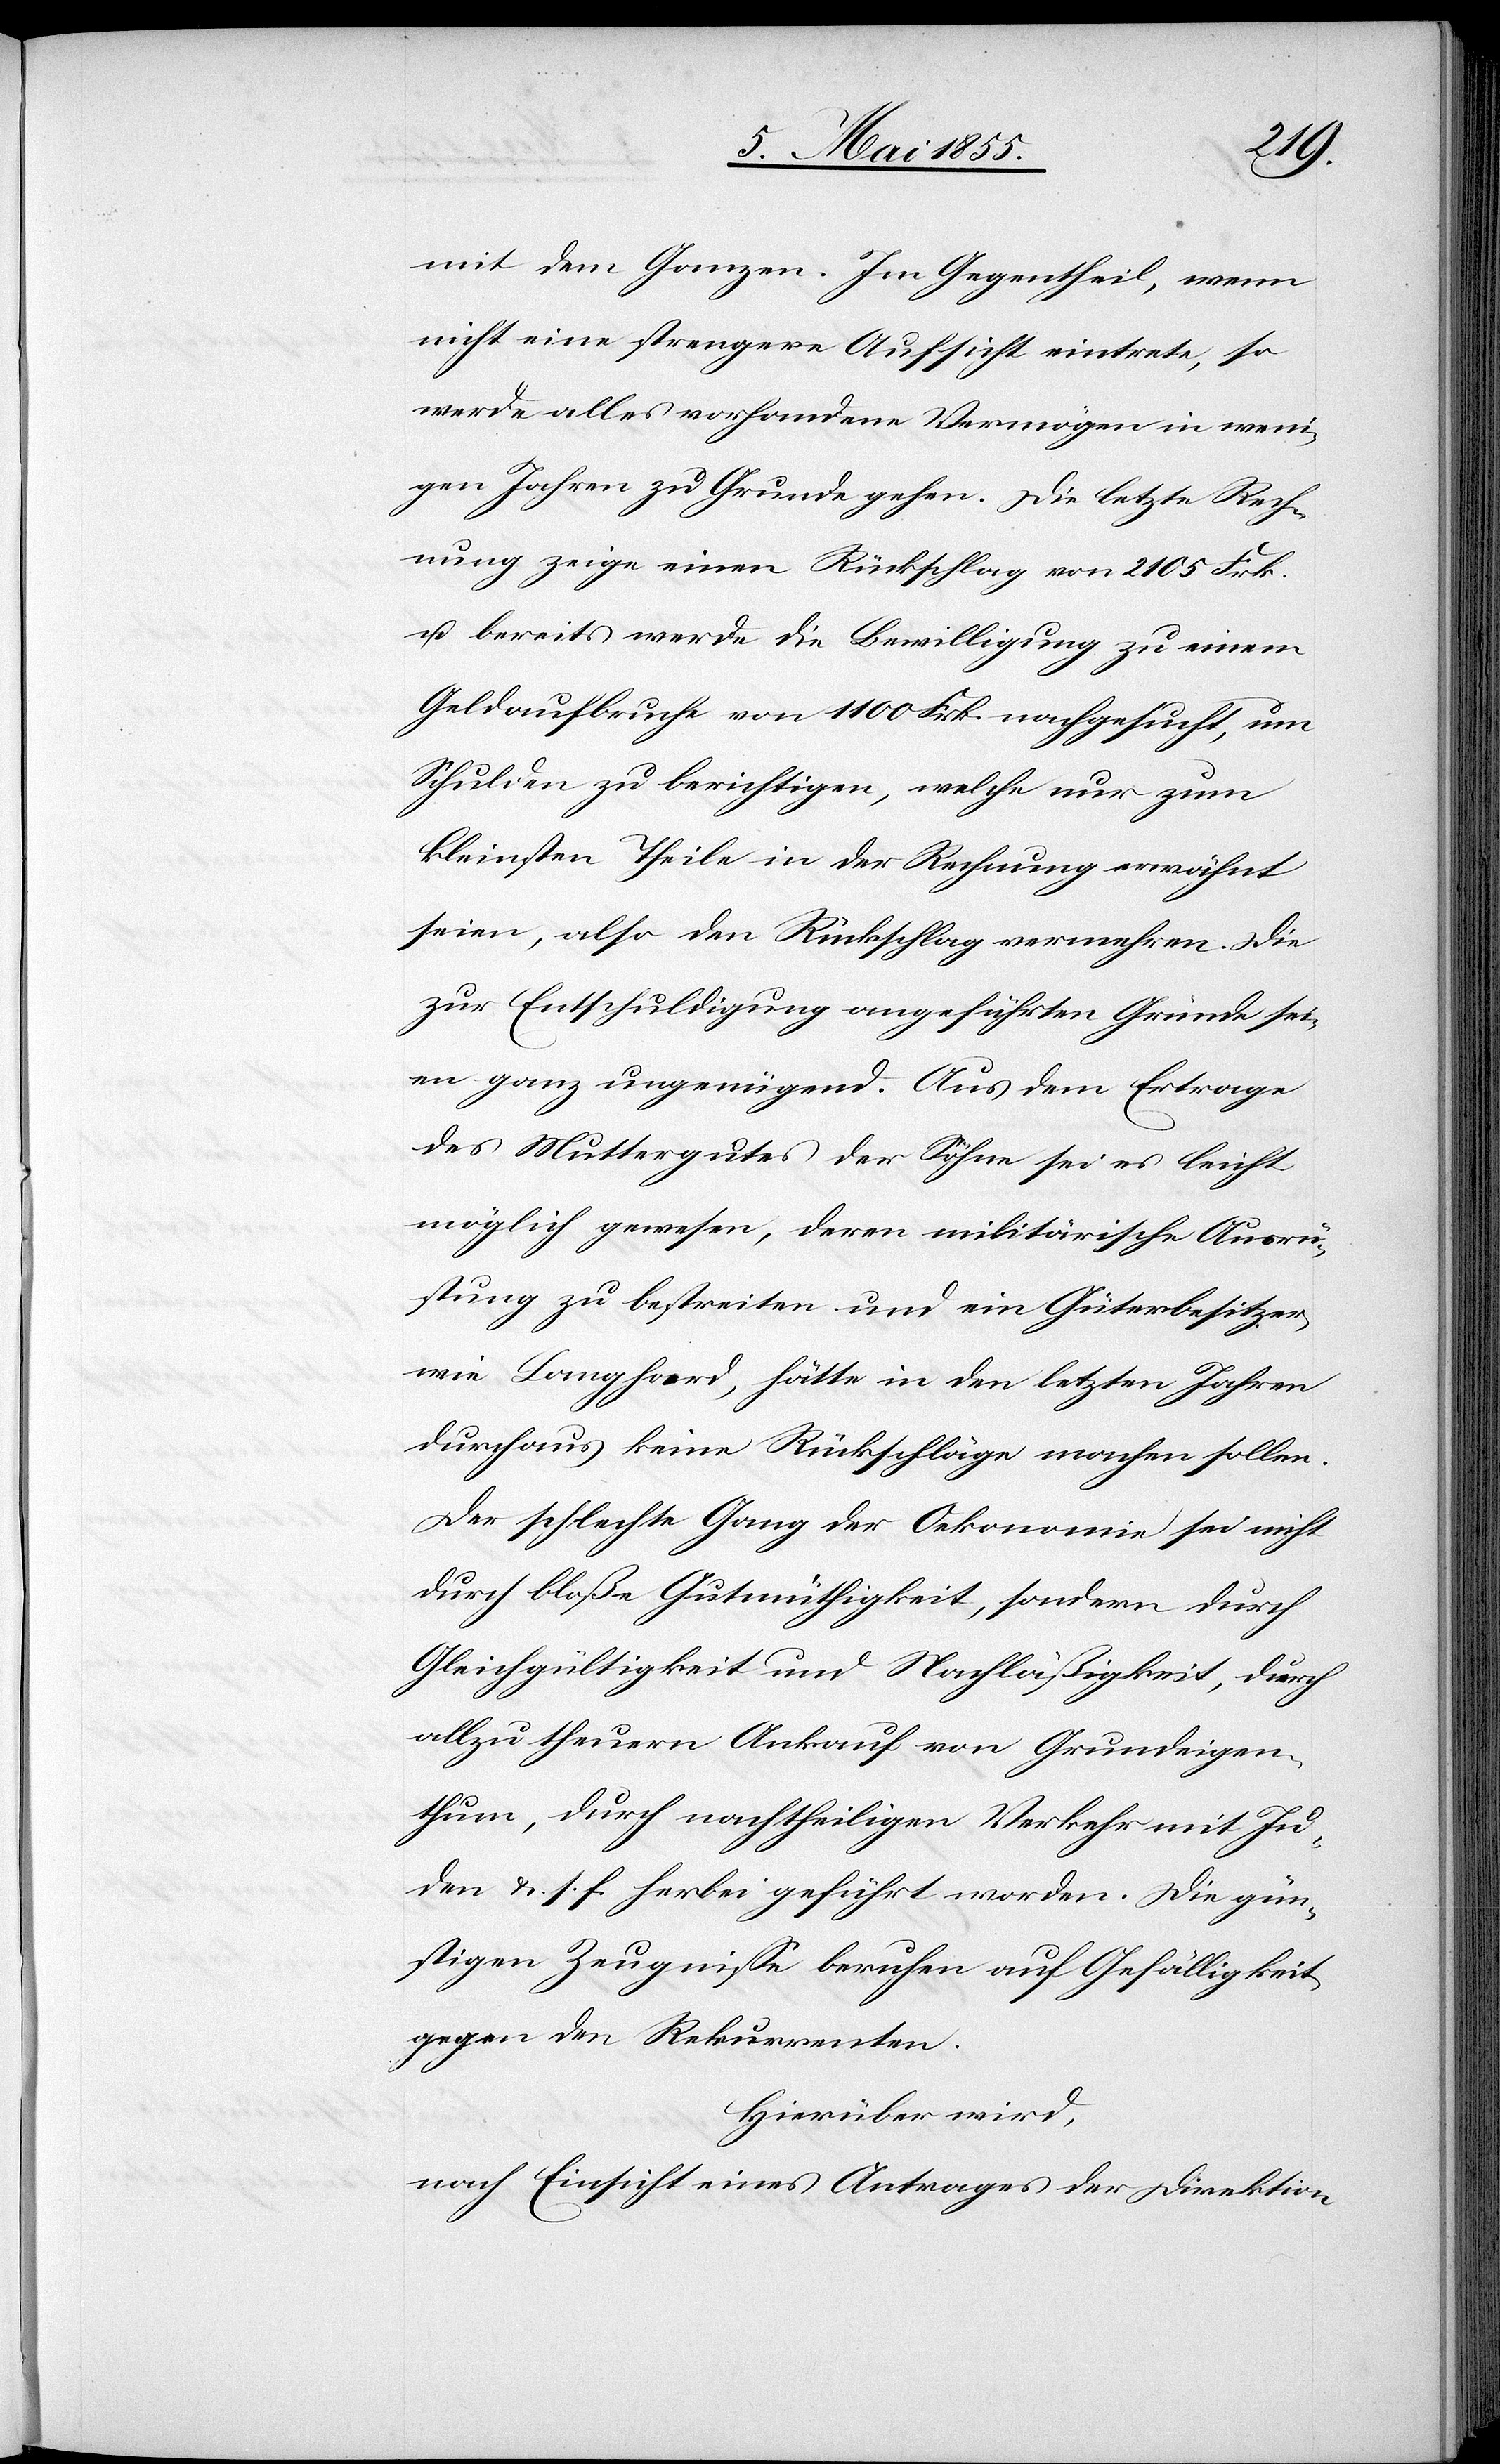
mit dem Ganzen. Im Gegentheil, wenn
nicht eine strengere Aufsicht eintrete, so
werde alles vorhandene Vermögen in weni¬
gen Jahren zu Grunde gehen. Die letzte Rech¬
nung zeige einen Rückschlag von 2105 Frk.
u. bereits werde die Bewilligung zu einem
Geldaufbruche von 1100 Frk. nachgesucht, um
Schulden zu berichtigen, welche nur zum
kleinsten Theile in der Rechnung erwähnt
seien, also den Rückschlag vermehren. Die
zur Entschuldigung angeführten Gründe sei¬
en ganz ungenügend. Aus dem Ertrage
des Muttergutes der Söhne sei es leicht
möglich gewesen, deren militärische Ausrü¬
stung zu bestreiten und ein Güterbesitzer
wie Langhard, hätte in den letzten Jahren
durchaus keine Rückschläge machen sollen.
Der schlechte Gang der Oekonomie sei nicht
durch bloße Gutmüthigkeit, sondern durch
Gleichgültigkeit und Nachläßigkeit, durch
allzu theuern Ankauf von Grundeigen¬
thum, durch nachtheiligen Verkehr mit Ju¬
den & s. f. herbei geführt worden. Die gün¬
stigen Zeugnisse beruhen auf Gefälligkeit
gegen den Rekurrenten.
Hierüber wird,
nach Einsicht eines Antrages der Direktion